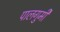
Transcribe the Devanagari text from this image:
पालगुमी